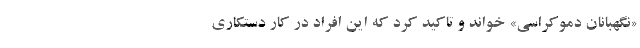
«نگهبانان دموکراسی» خواند و تاکید کرد که این افراد در کار دستکاری